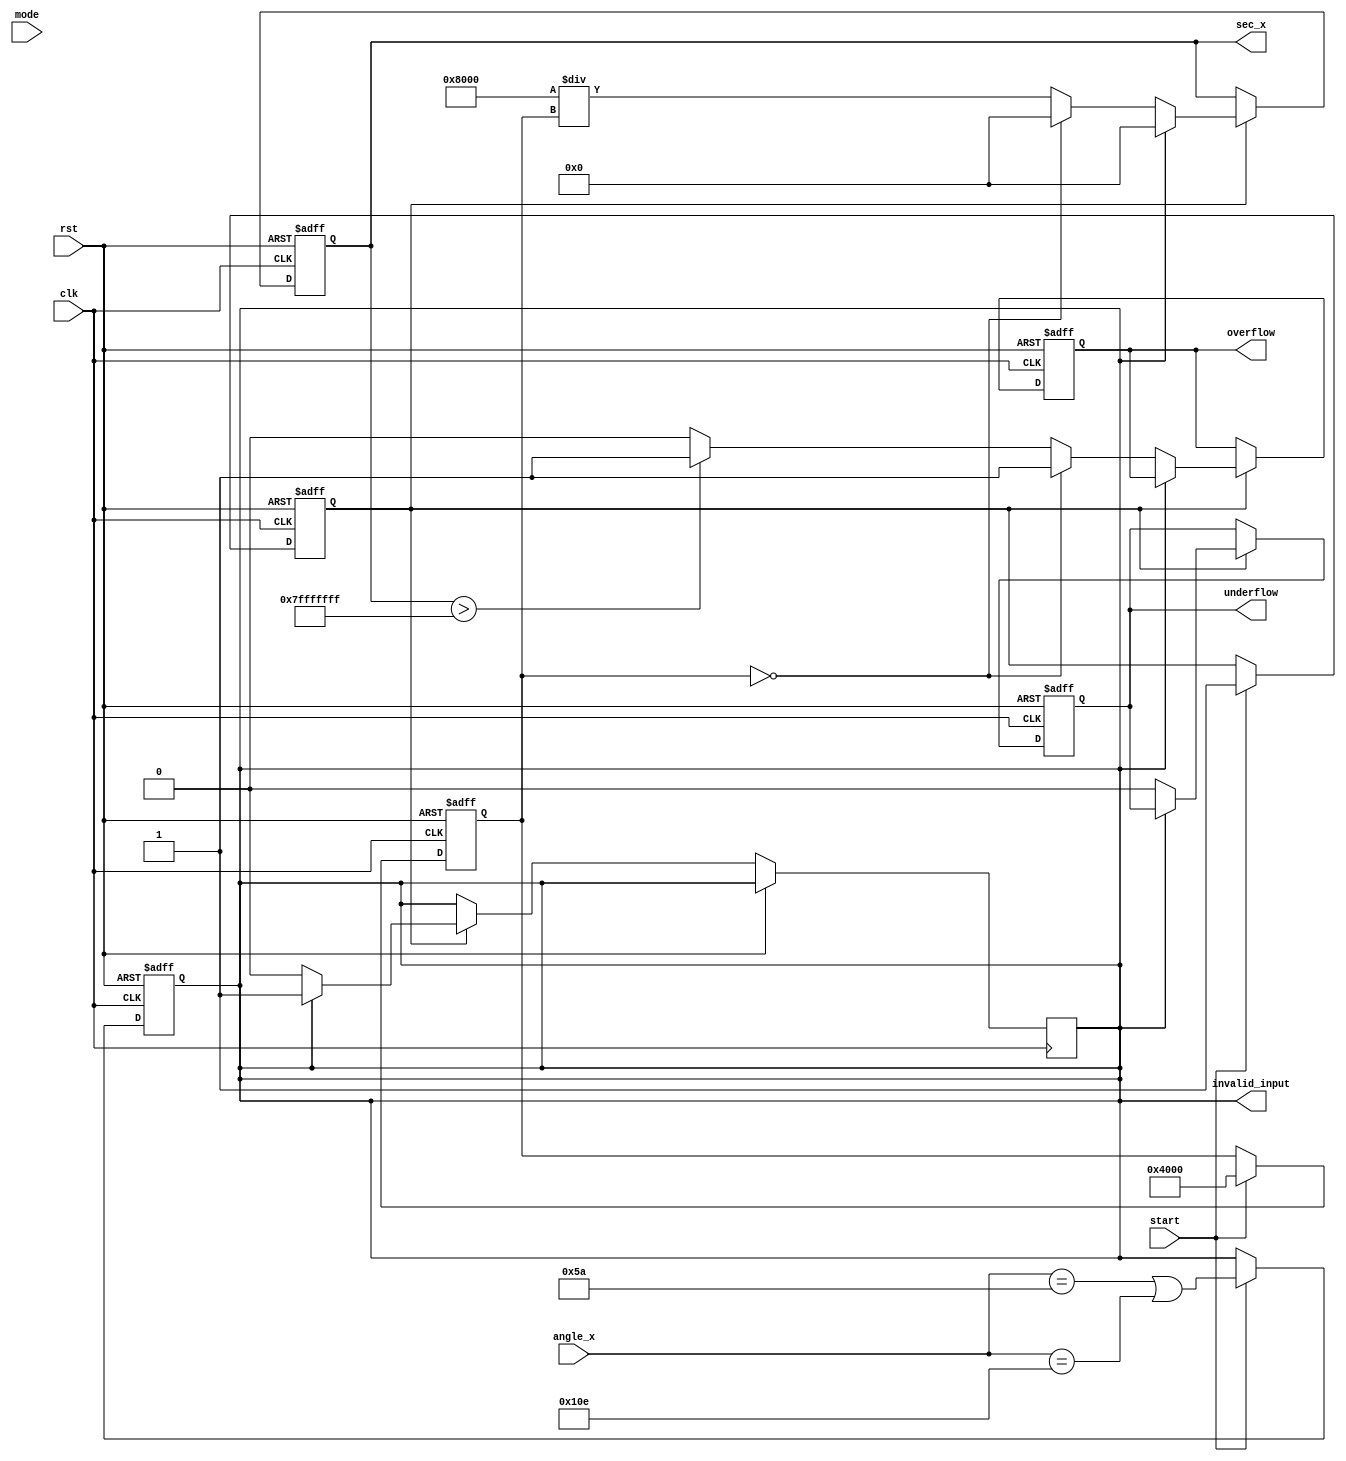
module secant_function (
    input wire [15:0] angle_x,            // Angle input in radians (fixed-point)
    input wire start,                      // Control signal to start computation
    input wire mode,                       // Control signal: 0 for fixed-point, 1 for floating-point
    output reg [31:0] sec_x,               // Secant output (fixed-point or floating-point)
    output reg overflow,                   // Overflow flag
    output reg underflow,                  // Underflow flag
    output reg invalid_input,              // Invalid input flag
    input wire clk,                        // Clock signal
    input wire rst                         // Reset signal
);

    reg [15:0] cos_x;                     // Placeholder for cosine result
    reg computation_done;                  // Flag to signal computation completion

    // Cosine computation block (Using placeholder value for simplicity)
    // This block should be replaced with an actual implementation of cosine 
    always @(posedge clk or posedge rst) begin
        if (rst) begin
            cos_x <= 16'd0;
            computation_done <= 0;
            invalid_input <= 0;
        end else if (start) begin
            // Simple cosine approximation (for testing, replace with actual calc)
            cos_x <= 16'd16384; // Assume cos(x) = 1 (16-bit fixed-point; 16384 = 1.0 in Q1.15 fixed-point)
            computation_done <= 1;
            invalid_input <= (angle_x == 16'd90 || angle_x == 16'd270); // cos(x) = 0 cases
        end
    end
    
    // Reciprocal calculation block
    always @(posedge clk or posedge rst) begin
        if (rst) begin
            sec_x <= 32'd0;
            overflow <= 0;
            underflow <= 0;
        end else if (computation_done) begin
            if (invalid_input) begin
                sec_x <= 32'd0; // Handle invalid cases
                invalid_input <= 1;
            end else begin
                // Check for division by zero
                if (cos_x == 16'd0) begin
                    sec_x <= 32'd0; // Handle division by zero
                    overflow <= 1;
                end else begin
                    // Compute reciprocal in fixed-point (1 / cos_x)
                    sec_x <= 32'd32768 / cos_x; // Scaling for Q1.15 representation
                    if (sec_x > 32'h7FFFFFFF) begin
                        overflow <= 1; // Check for overflow
                    end else begin
                        overflow <= 0;
                    end
                end
                underflow <= 0; // Underflow not handled in this example
            end
        end
    end
endmodule